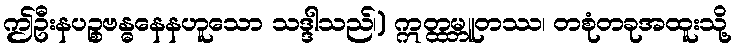
ဤဦးနပဉ္စဗန္ဓနေနဟူသော သဒ္ဒါသည်၊) ဣတ္ထမ္ဘူတဿ၊ တစုံတခုအထူးသို့